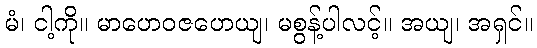
မံ၊ ငါ့ကို။ မာဟေဝဇဟေယျ၊ မစွန့်ပါလင့်။ အယျ၊ အရှင်။